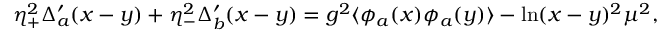
\eta _ { + } ^ { 2 } \Delta _ { a } ^ { \prime } ( x - y ) + \eta _ { - } ^ { 2 } \Delta _ { b } ^ { \prime } ( x - y ) = g ^ { 2 } \langle \phi _ { a } ( x ) \phi _ { a } ( y ) \rangle - \ln ( x - y ) ^ { 2 } \mu ^ { 2 } ,